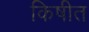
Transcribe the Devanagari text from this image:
किषीत